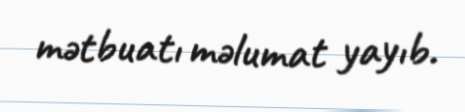
mətbuatı məlumat yayıb.